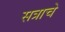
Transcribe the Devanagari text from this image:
सत्राचे